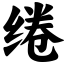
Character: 绻